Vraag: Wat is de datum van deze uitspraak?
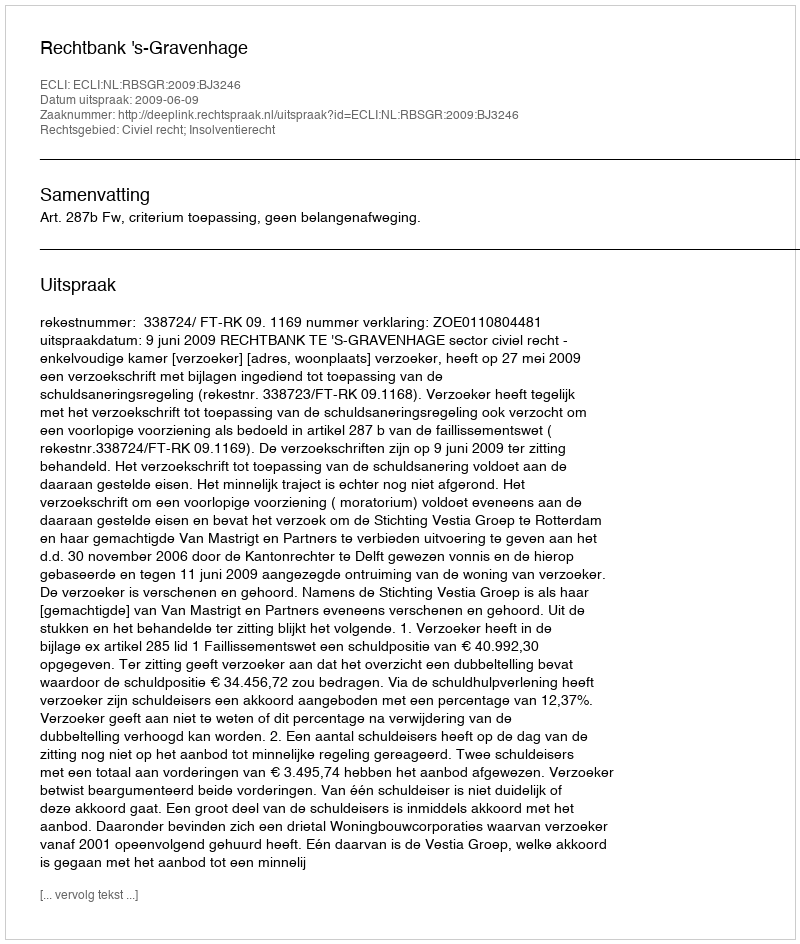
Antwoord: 2009-06-09